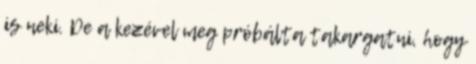
is neki. De a kezével meg próbálta takargatni, hogy